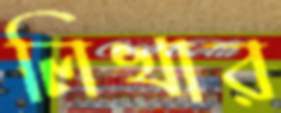
লিখার